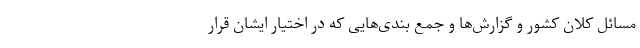
مسائل کلان کشور و گزارش‌ها و جمع بندی‌هایی که در اختیار ایشان قرار